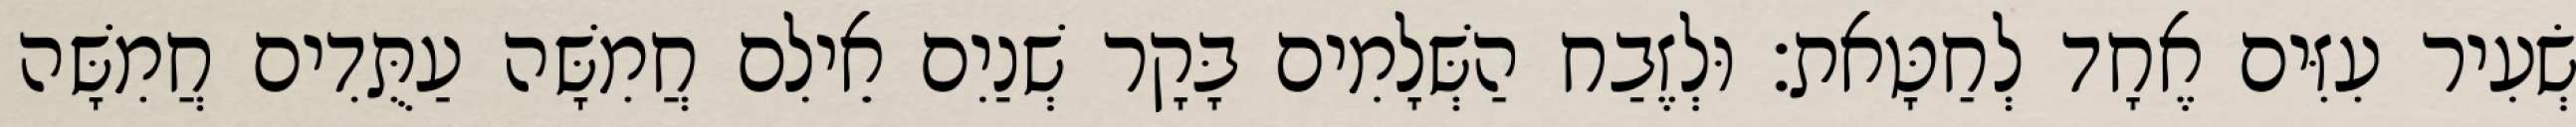
שְׂעִיר עִזִּים אֶחָד לְחַטָּאת׃ וּלְזֶבַח הַשְּׁלָמִים בָּקָר שְׁנַיִם אֵילִם חֲמִשָּׁה עַתֻּדִים חֲמִשָּׁה